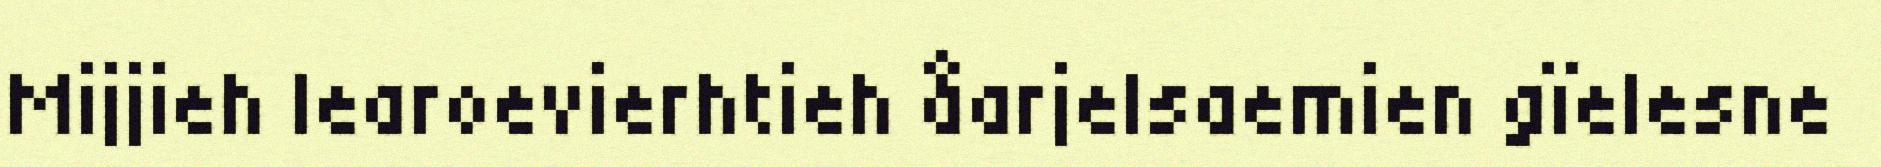
Mijjieh learoevierhtieh åarjelsaemien gïelesne